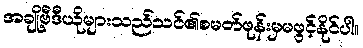
အချို့ဗီဒီယိုများသည်သင်၏စမတ်ဖုန်းမှမဖွင့်နိုင်ပါ။